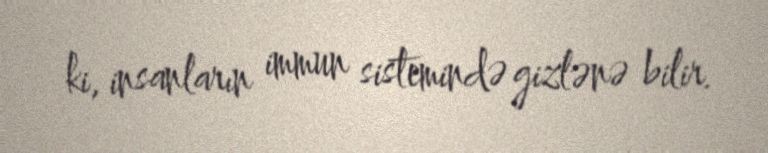
ki, insanların immun sistemində gizlənə bilir.